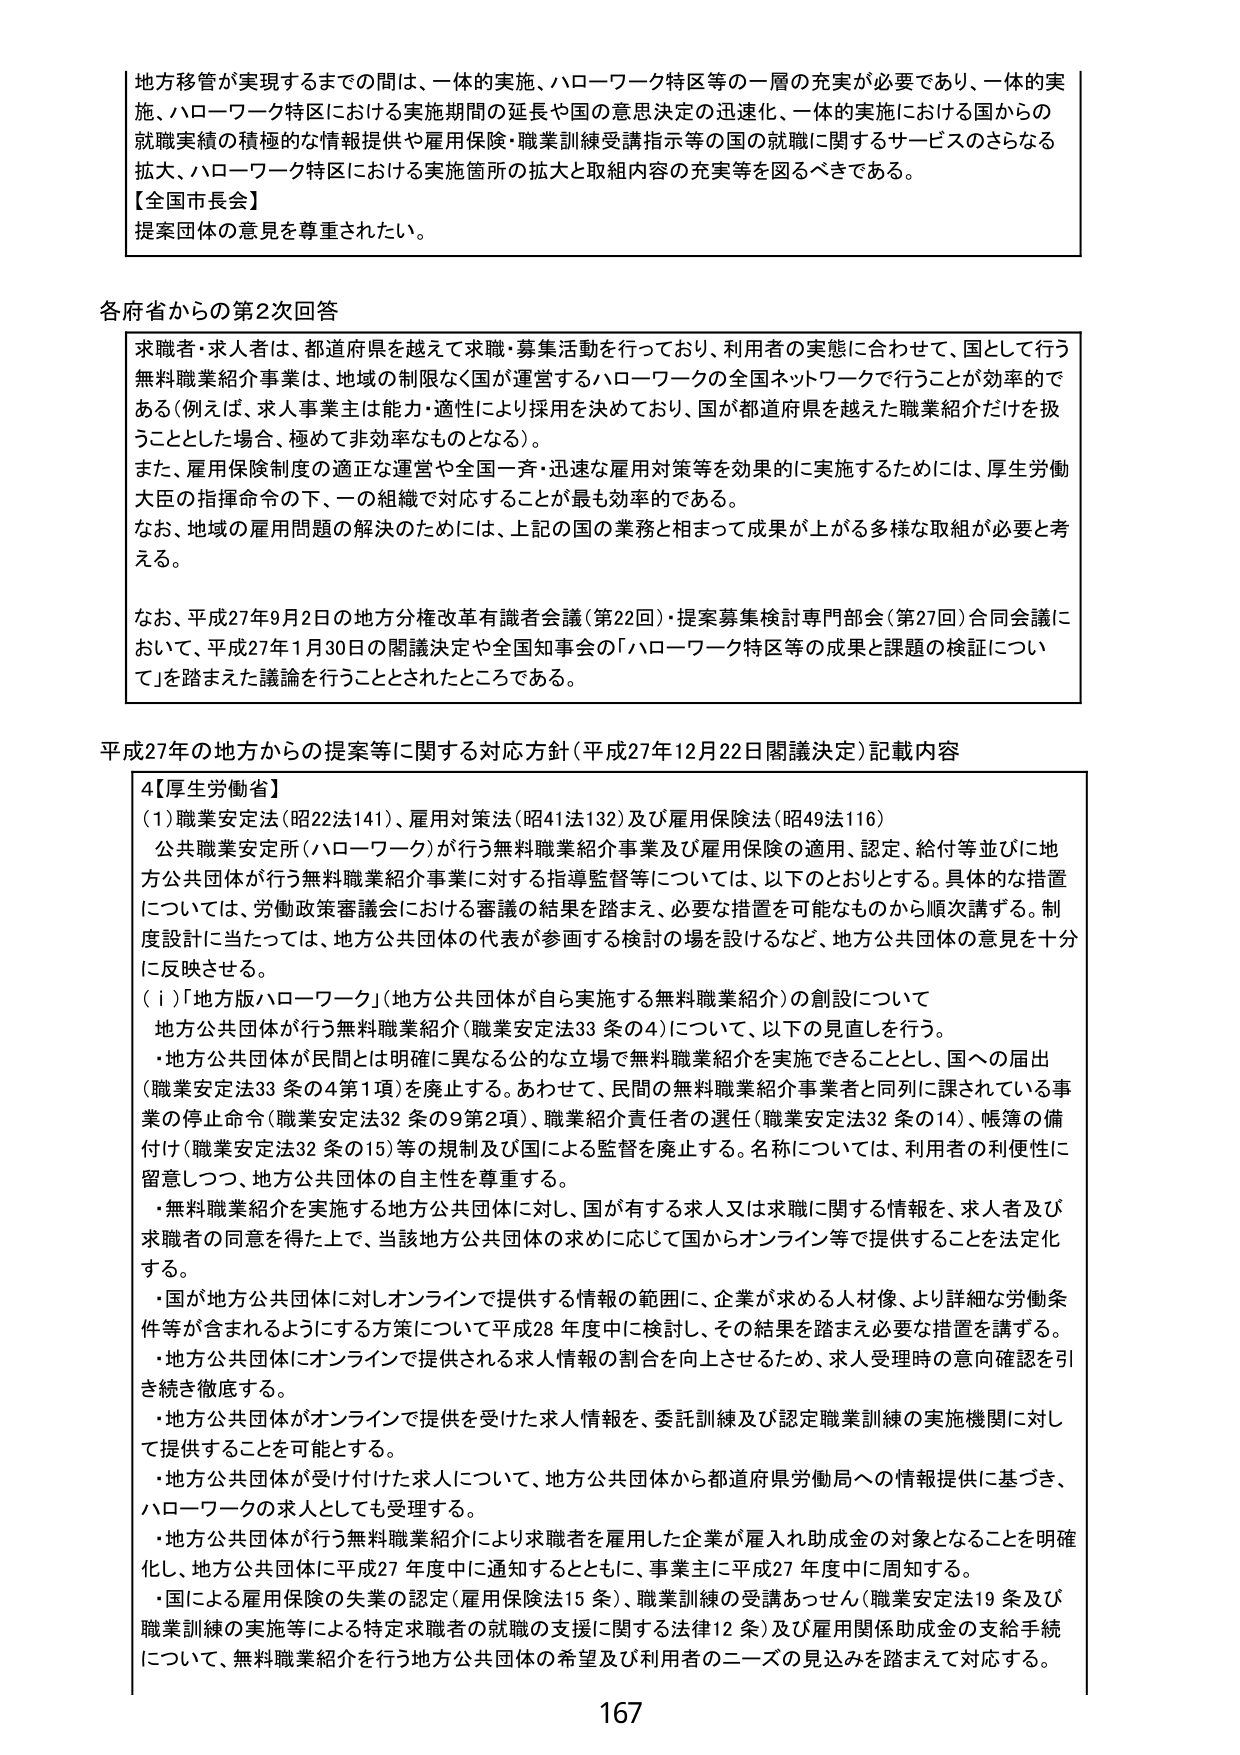
地方移管が実現するまでの間は、一体的実施、ハローワーク特区等の一層の充実が必要であり、一体的実施、ハローワーク特区における実施期間の延長や国の意思決定の迅速化、一体的実施における国からの就職実績の積極的な情報提供や雇用保険・職業訓練受講指示等の国の就職に関するサービスのさらなる拡大、ハローワーク特区における実施箇所の拡大と取組内容の充実等を図るべきである。

【全国市長会】
提案団体の意見を尊重されたい。

各府省からの第2次回答

求職者・求人者は、都道府県を越えて求職・募集活動を行っており、利用者の実態に合わせて、国として行う無料職業紹介事業は、地域の制限なく国が運営するハローワークの全国ネットワークで行うことが効率的である（例えば、求人事業主は能力・適性により採用を決めており、国が都道府県を越えた職業紹介だけを扱うとした場合、極めて非効率なものとなる）。
また、雇用保険制度の適正な運営や全国一斉・迅速な雇用対策等を効果的に実施するためには、厚生労働大臣の指揮命令の下、一の組織で対応することが最も効率的である。
なお、地域の雇用問題の解決のためには、上記の国の業務と相まって成果が上がる多様な取組が必要と考える。

なお、平成27年9月2日の地方分権改革有識者会議（第22回）・提案募集検討専門部会（第27回）合同会議において、平成27年1月30日の閣議決定や全国知事会の「ハローワーク特区等の成果と課題の検証について」を踏まえた議論を行うこととされたところである。

平成27年の地方からの提案等に関する対応方針（平成27年12月22日閣議決定）記載内容

4【厚生労働省】
（1）職業安定法（昭22法141）、雇用対策法（昭41法132）及び雇用保険法（昭49法116）
公共職業安定所（ハローワーク）が行う無料職業紹介事業及び雇用保険の適用、認定、給付等並びに地方公共団体が行う無料職業紹介事業に対する指導監督等については、以下のとおりとする。具体的な措置については、労働政策審議会における審議の結果を踏まえ、必要な措置を可能なものから順次講ずる。制度設計に当たっては、地方公共団体の代表が参画する検討の場を設けるなど、地方公共団体の意見を十分に反映させる。

（ⅰ）「地方版ハローワーク」（地方公共団体が自ら実施する無料職業紹介）の創設について
地方公共団体が行う無料職業紹介（職業安定法33条の4）について、以下の見直しを行う。
・地方公共団体が民間とは明確に異なる公的な立場で無料職業紹介を実施できることとし、国への届出（職業安定法33条の4第1項）を廃止する。あわせて、民間の無料職業紹介事業者と同列に課されている事業の停止命令（職業安定法32条の9第2項）、職業紹介責任者の選任（職業安定法32条の14）、帳簿の備付け（職業安定法32条の15）等の規制及び国による監督を廃止する。名称については、利用者の利便性に留意しつつ、地方公共団体の自主性を尊重する。
・無料職業紹介を実施する地方公共団体に対し、国が有する求人又は求職に関する情報を、求人者及び求職者の同意を得た上で、当該地方公共団体の求めに応じて国からオンライン等で提供することを法定化する。
・国が地方公共団体に対しオンラインで提供する情報の範囲に、企業が求める人材像、より詳細な労働条件等が含まれるようにする方策について平成28年度中に検討し、その結果を踏まえ必要な措置を講ずる。
・地方公共団体にオンラインで提供される求人情報の割合を向上させるため、求人受理時の意向確認を引き続き徹底する。
・地方公共団体がオンラインで提供を受けた求人情報を、委託訓練及び認定職業訓練の実施機関に対して提供することを可能とする。
・地方公共団体が受け付けた求人について、地方公共団体から都道府県労働局への情報提供に基づき、ハローワークの求人としても受理する。
・地方公共団体が行う無料職業紹介により求職者を雇用した企業が雇入れ助成金の対象となることを明確化し、地方公共団体に平成27年度中に通知するとともに、事業主に平成27年度中に周知する。
・国による雇用保険の失業の認定（雇用保険法15条）、職業訓練の受講あっせん（職業安定法19条及び職業訓練の実施等による特定求職者の就職の支援に関する法律12条）及び雇用関係助成金の支給手続について、無料職業紹介を行う地方公共団体の希望及び利用者のニーズの見込みを踏まえて対応する。

167